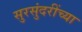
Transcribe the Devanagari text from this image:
सुरसुंदरींच्या